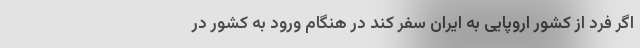
اگر فرد از کشور اروپایی به ایران سفر کند در هنگام ورود به کشور در